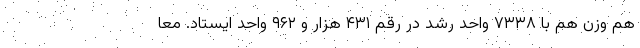
هم وزن هم با ۷۳۳۸ واحد رشد در رقم ۴۳۱ هزار و ۹۶۲ واحد ایستاد. معا